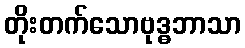
တိုးတက်သောဗုဒ္ဓဘာသာ